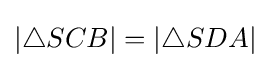
|\triangle SCB|=|\triangle SDA|